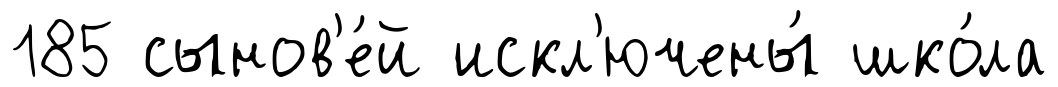
185 сынов'е́й искл'ючены́ шко́ла